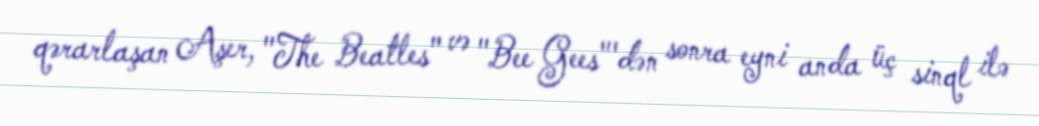
qərarlaşan Aşer, "The Beatles" və "Bee Gees"'dən sonra eyni anda üç sinql ilə